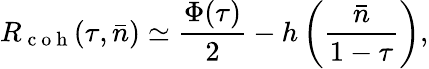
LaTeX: R_{\mathrm{~c~o~h~}}(\tau,\bar{n})\simeq\frac{\Phi(\tau)}{2}-h\left(\frac{\bar{n}}{1-\tau}\right),